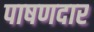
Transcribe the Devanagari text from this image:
पाषणदार